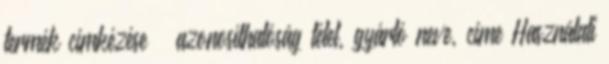
termék címkézése – azonosíthatóság tétel, gyártó neve, címe Használati